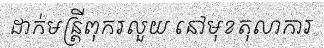
ដាក់មន្ត្រីពុករលួយ នៅមុខតុលាការ